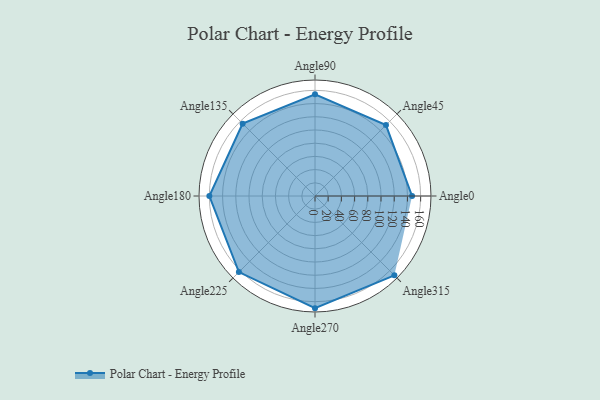
{"axis": {"x": "Angle", "y": "Radius"}, "legend": [""], "data": [{"x": "Angle0", "y": 147.0, "type": ""}, {"x": "Angle45", "y": 152.0, "type": ""}, {"x": "Angle90", "y": 154.0, "type": ""}, {"x": "Angle135", "y": 155.0, "type": ""}, {"x": "Angle180", "y": 160.0, "type": ""}, {"x": "Angle225", "y": 163.0, "type": ""}, {"x": "Angle270", "y": 170.0, "type": ""}, {"x": "Angle315", "y": 170, "type": ""}]}